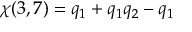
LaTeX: \chi ( 3 , 7 ) = q _ { 1 } + q _ { 1 } q _ { 2 } - q _ { 1 }